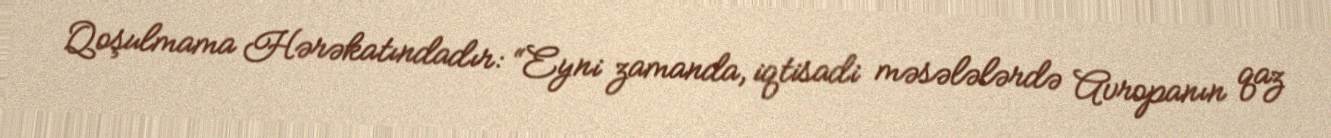
Qoşulmama Hərəkatındadır: “Eyni zamanda, iqtisadi məsələlərdə Avropanın qaz